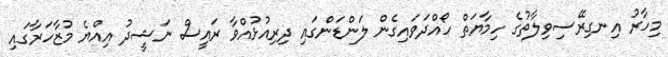
މިހާރު އިނގިރޭސިވިލާތުގެ ހިމާޔަތް ހޯއްދަވައިގެން ލަންޑަންގައި ދިރިއުޅުއްވާ ރައީސް ނަޝީދު އިއްޔެ މުޒާހަަރާގައި